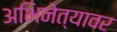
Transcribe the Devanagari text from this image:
अभिनेत्यावर